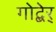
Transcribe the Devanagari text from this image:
गोद्बेर्